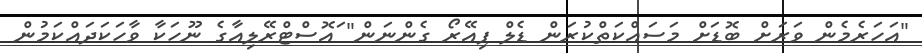
"އަހަރެމެން ވަރަށް ބޮޑަށް މަސައްކަތްކުރަން ޑެލް ޕިއޭރޯ ގެންނަން" ައޮސްޓްރޭލިއާގެ ނޫހަކާ ވާހަކަދައްކަމުން